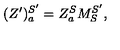
( Z ^ { \prime } ) _ { a } ^ { S ^ { \prime } } = Z _ { a } ^ { S } M _ { S } ^ { S ^ { \prime } } ,